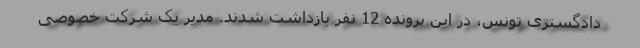
دادگستری تونس، در این پرونده 12 نفر بازداشت شدند. مدیر یک شرکت خصوصی